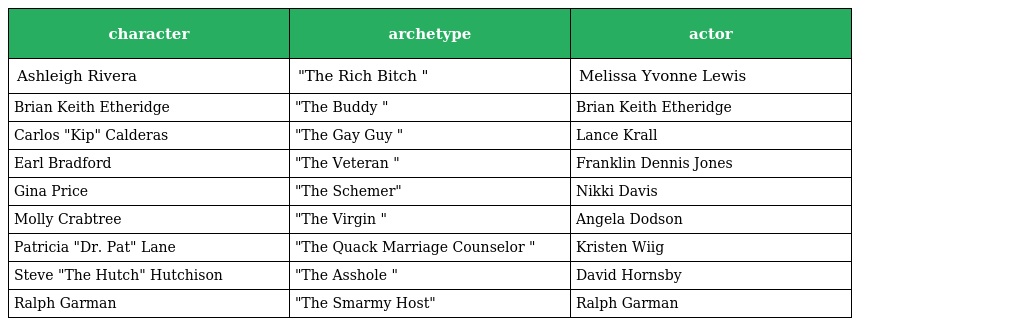
| character | archetype | actor |
 | --- | --- | --- |
 | Ashleigh Rivera | "The Rich Bitch " | Melissa Yvonne Lewis |
 | Brian Keith Etheridge | "The Buddy " | Brian Keith Etheridge |
 | Carlos "Kip" Calderas | "The Gay Guy " | Lance Krall |
 | Earl Bradford | "The Veteran " | Franklin Dennis Jones |
 | Gina Price | "The Schemer" | Nikki Davis |
 | Molly Crabtree | "The Virgin " | Angela Dodson |
 | Patricia "Dr. Pat" Lane | "The Quack Marriage Counselor " | Kristen Wiig |
 | Steve "The Hutch" Hutchison | "The Asshole " | David Hornsby |
 | Ralph Garman | "The Smarmy Host" | Ralph Garman |